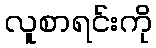
လူစာရင်းကို